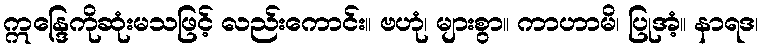
ဣန္ဒြေကိုဆုံးမသဖြင့် လည်းကောင်း။ ဗဟုံ၊ များစွာ။ ကာဟာမိ၊ ပြုအံ့။ နာရဒ၊